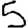
Digit: 5